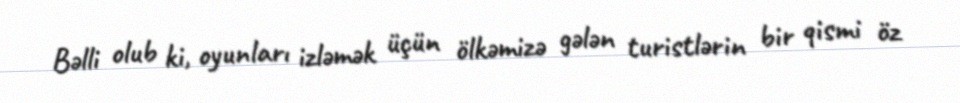
Bəlli olub ki, oyunları izləmək üçün ölkəmizə gələn turistlərin bir qismi öz